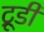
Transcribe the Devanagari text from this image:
ट्रूडी